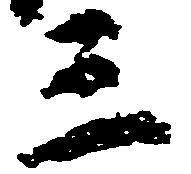
三